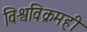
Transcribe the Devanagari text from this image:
विश्वविक्रमही